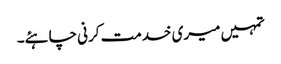
تمہیں میری خدمت کرنی چاہئے۔